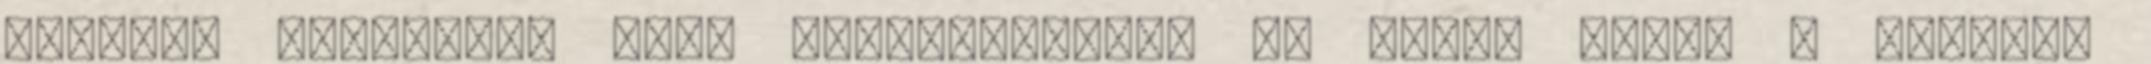
habosra keverjük, majd kettéosztjuk. Az egyik felét a csokis,